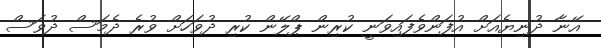
އޭނާ ދުނިޔެއަށް އުފަންވެފައިވަނީ ކުރިން ޕްލޭން ކުރި ދުވަހަށް ވުރެ ދެމަސް ދުވަސް